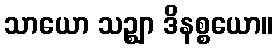
သာယော သဉ္ဈာ ဒိနစ္စယော။